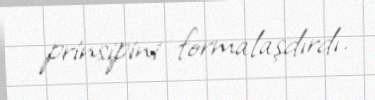
prinsipini formalaşdırdı.